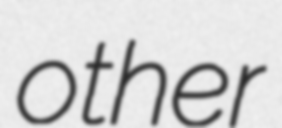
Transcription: other